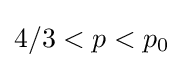
4/3<p<p_{0}